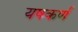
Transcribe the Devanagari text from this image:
यषकर्ण